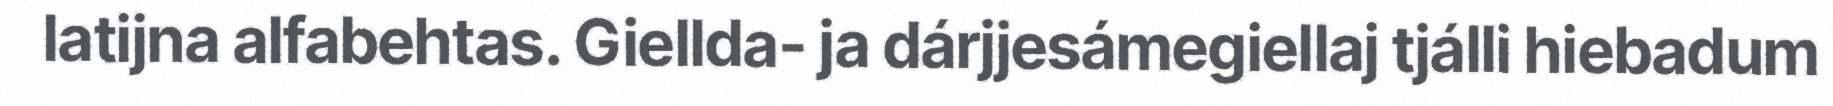
latijna alfabehtas. Giellda- ja dárjjesámegiellaj tjálli hiebadum